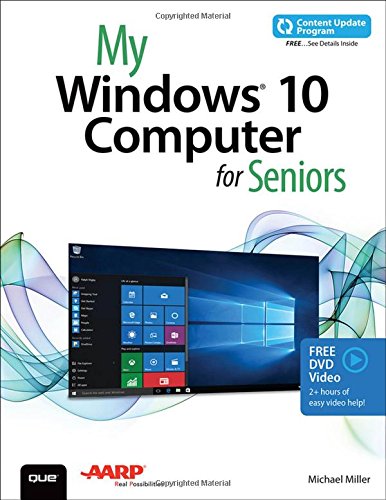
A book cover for My Windows 10 Computer for Seniors (includes Video and Content Update Program); Michael Miller; Computers & Technology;